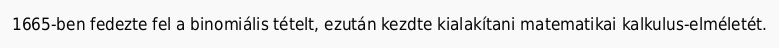
1665-ben fedezte fel a binomiális tételt, ezután kezdte kialakítani matematikai kalkulus-elméletét.